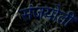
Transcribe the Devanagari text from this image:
संजयोती